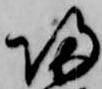
帰